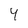
Character: 4